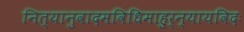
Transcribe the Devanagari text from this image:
नित्यानुवादमविधिमाहुर्न्यायविदः